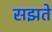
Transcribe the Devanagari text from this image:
सझते